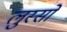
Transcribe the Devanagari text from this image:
लुस्सो